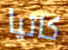
كاتيا